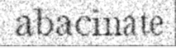
abacinate